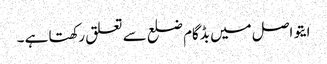
ایتو اصل میں بڈگام ضلع سے تعلق رکھتا ہے ۔